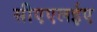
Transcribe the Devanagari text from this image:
सीएएलईए